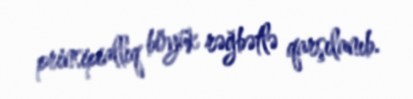
prinsipiallıq böyük rəğbətlə qarşılanıb.